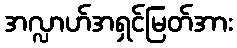
အလ္လာဟ်အရှင်မြတ်အား